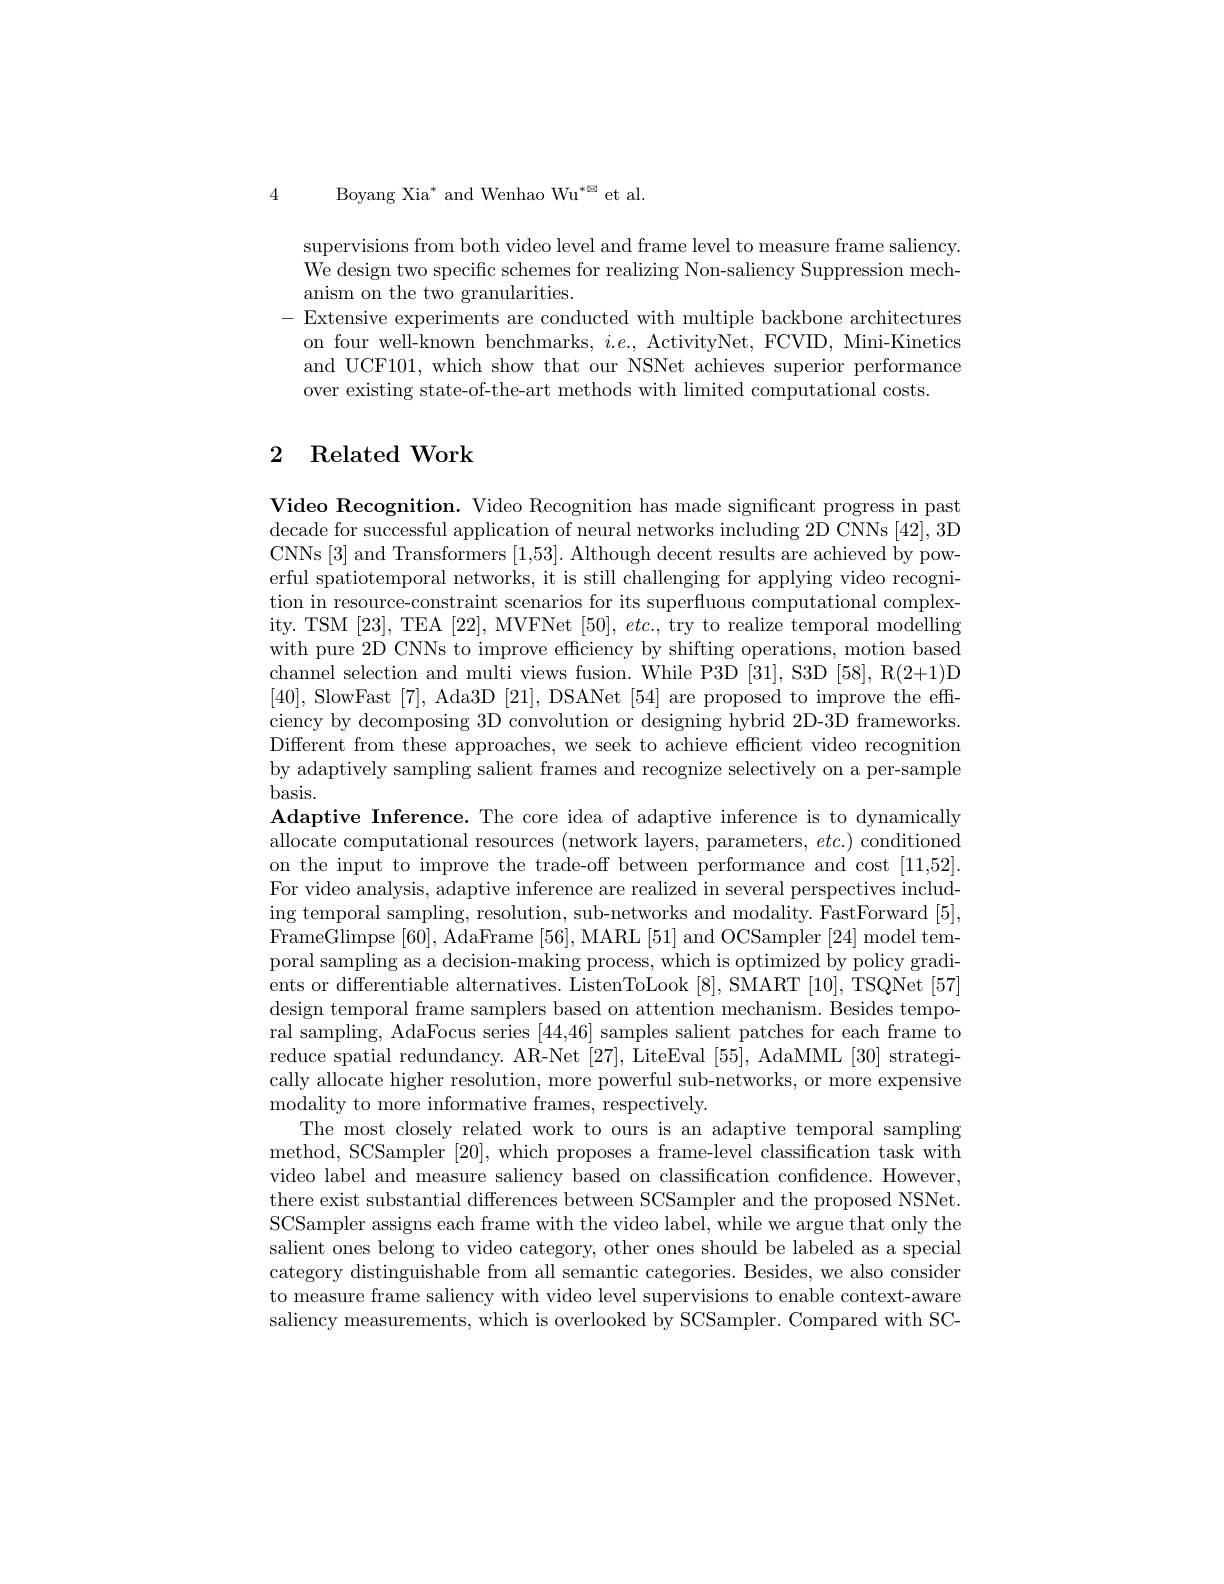
4 Boyang Xia* and Wenhao Wu$^*$函 et al.

supervisions from both video level and frame level to measure frame saliency. We design two specific schemes for realizing Non-saliency Suppression mechanism on the two granularities.
- Extensive experiments are conducted with multiple backbone architectures
on four well-known benchmarks, $i.e.$, ActivityNet, FCVID, Mini-Kinetics and UCF101, which show that our NSNet achieves superior performance over existing state-of-the-art methods with limited computational costs.

## 2 Related Work

Video Recognition. Video Recognition has made significant progress in past decade for successful application of neural networks including 2D CNNs [42], 3D CNNs [3] and Transformers [1,53]. Although decent results are achieved by powerful spatiotemporal networks, it is still challenging for applying video recognition in resource-constraint scenarios for its superfluous computational complexity. TSM [23], TEA [22], MVFNet $[50],etc.$, try to realize temporal modelling with pure 2D CNNs to improve effciency by shifting operations, motion based channel selection and multi views fusion. While P3D [31], S3D [58], R(2+1)D [40], SlowFast [7], Ada3D [21], DSANet [54] are proposed to improve the effciency by decomposing 3D convolution or designing hybrid 2D-3D frameworks. Different from these approaches, we seek to achieve efficient video recognition by adaptively sampling salient frames and recognize selectively on a per-sample basis.
Adaptive Inference. The core idea of adaptive inference is to dynamically allocate computational resources (network layers, parameters, $etc.)$ conditioned on the input to improve the trade-off between performance and cost [11,52]. For video analysis, adaptive inference are realized in several perspectives including temporal sampling, resolution, sub-networks and modality. FastForward [5], FrameGlimpse [60],AdaFrame [56],MARL [51] and OCSampler [24] model temporal sampling as a decision-making process, which is optimized by policy gradients or differentiable alternatives. ListenToLook [8], SMART [10], TSQNet [57] design temporal frame samplers based on attention mechanism. Besides temporal sampling, AdaFocus series [44,46] samples salient patches for each frame to reduce spatial redundancy. AR-Net [27], LiteEval [55], AdaMML [30] strategically allocate higher resolution, more powerful sub-networks, or more expensive modality to more informative frames, respectively.
The most closely related work to ours is an adaptive temporal sampling method, SCSampler [20],which proposes a frame-level classification task with video label and measure saliency based on classification confidence. However, there exist substantial differences between SCSampler and the proposed NSNet. SCSampler assigns each frame with the video label, while we argue that only the salient ones belong to video category, other ones should be labeled as a special category distinguishable from all semantic categories. Besides, we also consider to measure frame saliency with video level supervisions to enable context-aware saliency measurements, which is overlooked by SCSampler. Compared with SC-